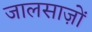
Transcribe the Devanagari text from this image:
जालसाज़ों